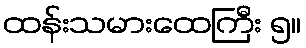
ထန်းသမားထေကြီး ၅။